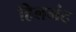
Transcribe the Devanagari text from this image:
हिलमंद